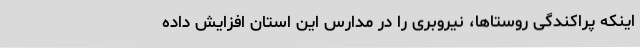
اینکه پراکندگی روستاها، نیروبری را در مدارس این استان افزایش داده